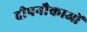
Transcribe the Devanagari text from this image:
दीपनौकाओं